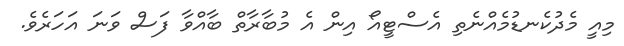
މިއީ މެދުކެނޑުމެއްނެތި އެސްޓީއޯ އިން އެ މުބާރާތް ބާއްވާ ފަސް ވަނަ އަހަރެވެ.